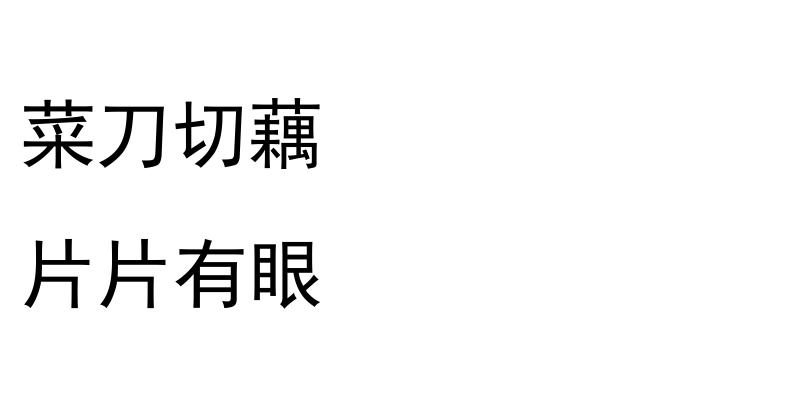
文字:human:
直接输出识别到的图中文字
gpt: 菜刀切藕 片片有眼